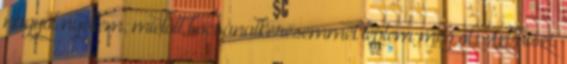
nagyot nyeltem, mielőtt bocsánatkérésemmel leptem meg őt. Azt hiszi,